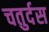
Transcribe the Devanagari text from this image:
चतुर्दस